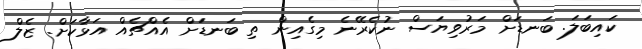
ކައިބަލަ. ބަނޑަށް މަރުވިޔަސް ނުކެރޭނެ މިގެއިން ތި ބަނޑަށް އެއްޗެއް އަޅާކަށް. ޒެލް